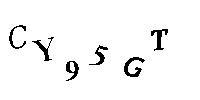
CY95GT